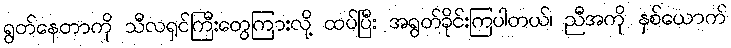
ရွတ်နေတာကို သီလရှင်ကြီးတွေကြားလို့ ထပ်ပြီး အရွတ်ခိုင်းကြပါတယ်၊ ညီအကို နှစ်ယောက်